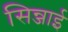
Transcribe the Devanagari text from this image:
सिन्जाई